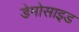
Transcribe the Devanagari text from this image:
डेमोसाइड